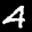
Label: 4